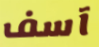
آسف